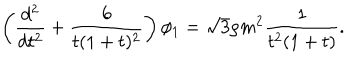
\left( \frac { d ^ { 2 } } { d t ^ { 2 } } + \frac { 6 } { t ( 1 + t ) ^ { 2 } } \right) \phi _ { 1 } = \sqrt { 3 } \rho m ^ { 2 } \frac { 1 } { t ^ { 2 } ( 1 + t ) } .